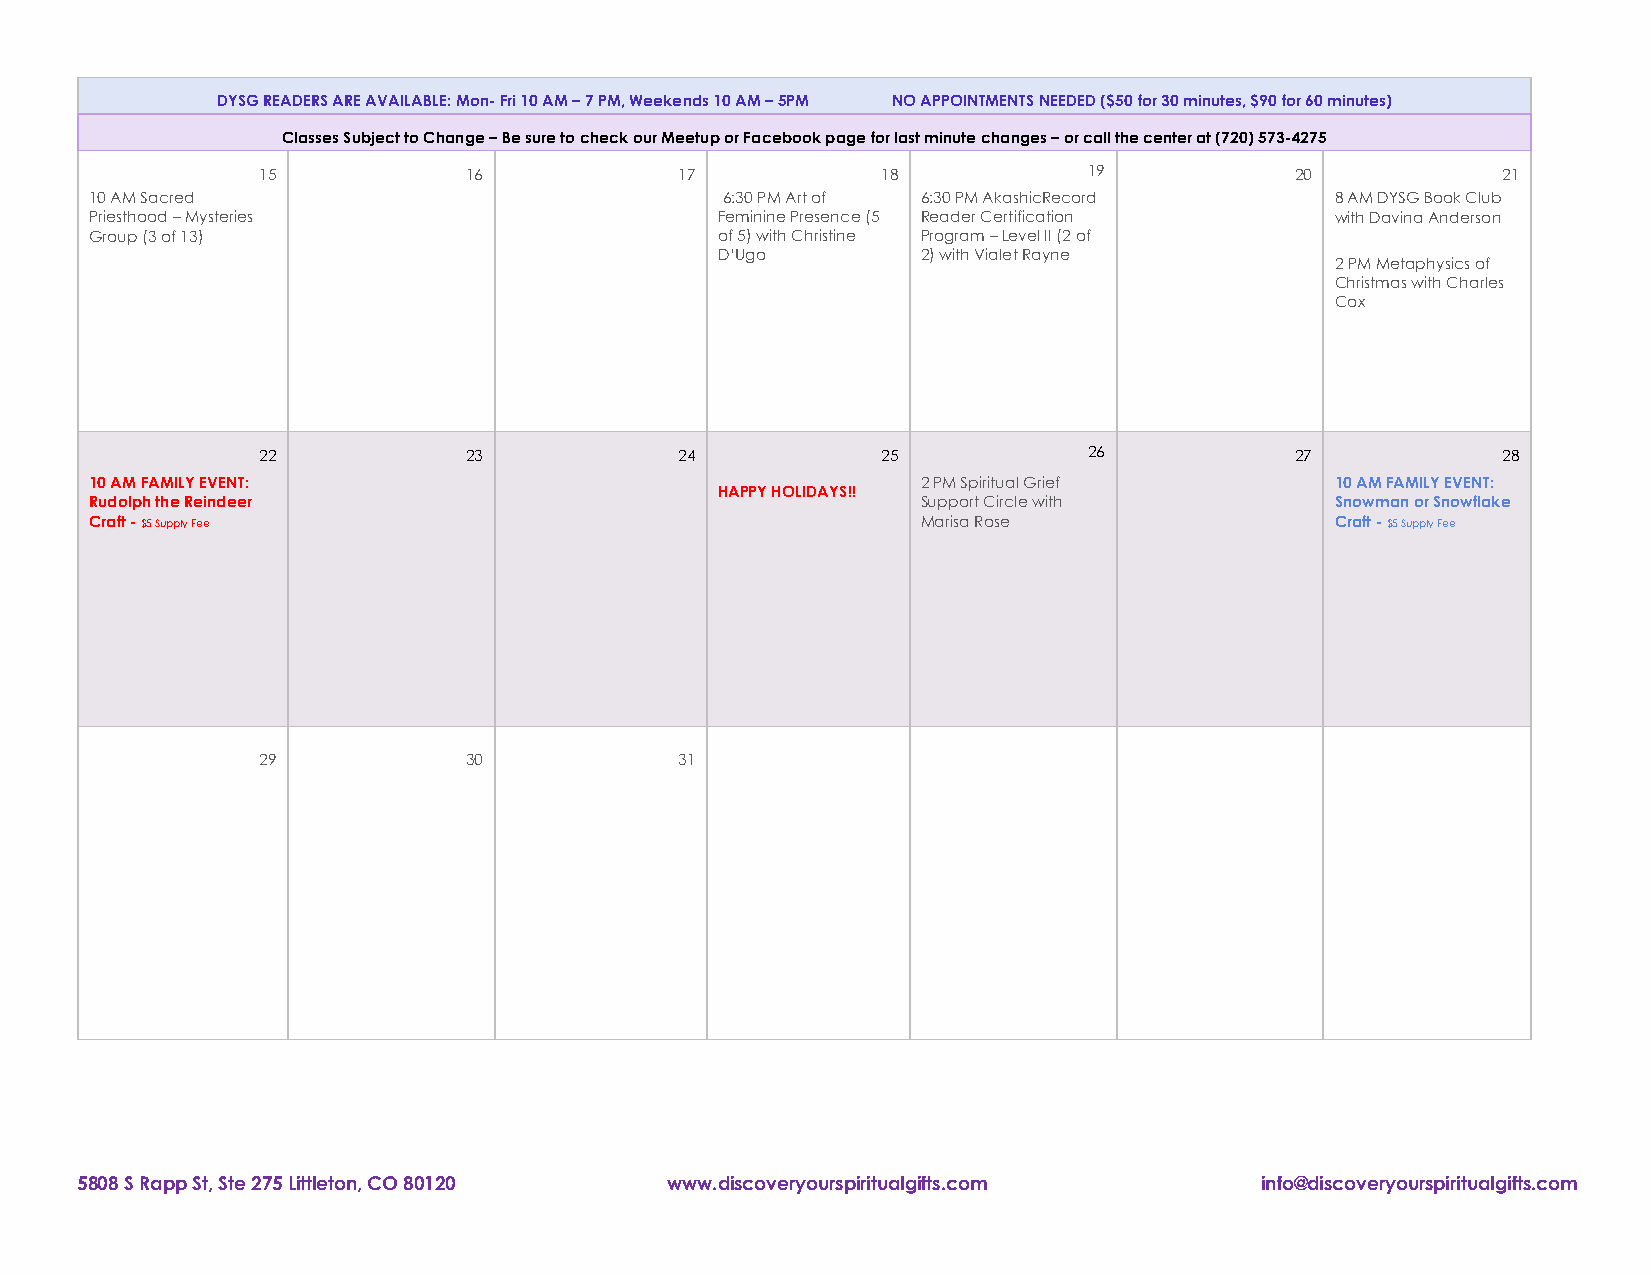
DYSG READERS ARE AVAILABLE: Mon- Fri 10 AM – 7 PM, Weekends 10 AM – 5PM NO APPOINTMENTS NEEDED ($50 for 30 minutes, $90 for 60 minutes)
 Classes Subject to Change – Be sure to check our Meetup or Facebook page for last minute changes – or call the center at (720) 573-4275
 15            16            17           18            19            20           21
 10 AM Sacred                              6:30 PM Art of 6:30 PM AkashicRecord    8 AM DYSG Book Club
 Priesthood – Mysteries                    Feminine Presence (5 Reader Certification with Davina Anderson
 Group (3 of 13)                           of 5) with Christine Program – Level II (2 of
 D’Ugo        2) with Vialet Rayne
 2 PM Metaphysics of
 Christmas with Charles
 Cox
 22            23            24           25            26            27           28
 10 AM FAMILY EVENT:                                    2 PM Spiritual Grief       10 AM FAMILY EVENT:
 HAPPY HOLIDAYS!!
 Rudolph the Reindeer                                   Support Circle with        Snowman or Snowflake
 Craft - $5 Supply Fee                                  Marisa Rose                Craft - $5 Supply Fee
 29            30            31
 5808 S Rapp St, Ste 275 Littleton, CO 80120 www.discoveryourspiritualgifts.com info@discoveryourspiritualgifts.com